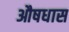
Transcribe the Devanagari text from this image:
औषधास